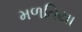
મળતિયા